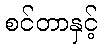
စင်တာနှင့်